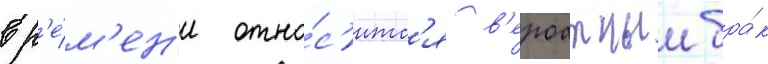
вр'е́м'ен'и отно́с'итс'я в'ероатныи бра́к